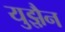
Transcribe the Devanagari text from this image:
युझ़ैन